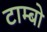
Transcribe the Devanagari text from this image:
टाम्बो